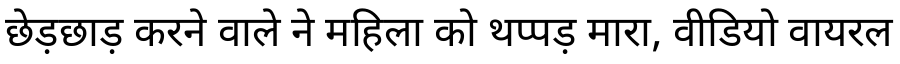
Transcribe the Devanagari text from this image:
छेड़छाड़ करने वाले ने महिला को थप्पड़ मारा, वीडियो वायरल